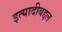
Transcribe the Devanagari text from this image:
इत्यादीबद्दल